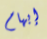
إبهام